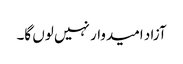
آزاد امیدوار نہیں لوں گا۔